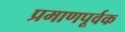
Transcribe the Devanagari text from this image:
प्रमाणपूर्वक